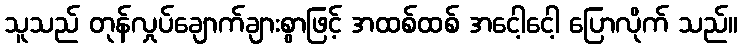
သူသည် တုန်လှုပ်ချောက်ချားစွာဖြင့် အထစ်ထစ် အငေါ့ငေါ့ ပြောလိုက် သည်။